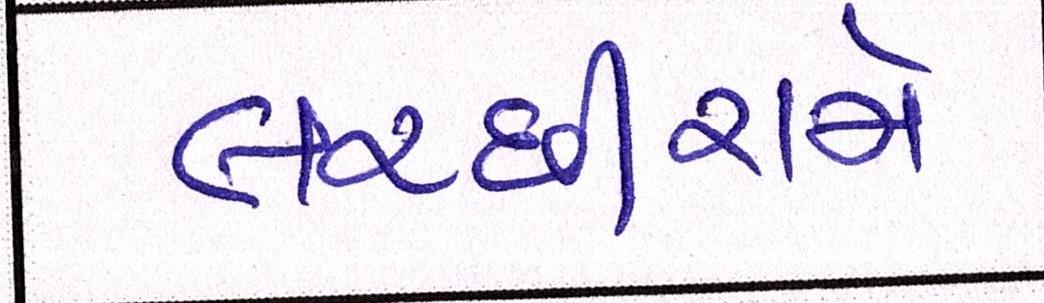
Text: લચ્છીરામે